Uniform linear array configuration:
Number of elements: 4
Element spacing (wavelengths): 0.5
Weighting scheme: hann
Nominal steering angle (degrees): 30
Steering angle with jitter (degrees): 29.06
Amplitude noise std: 0.05
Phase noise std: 0.05

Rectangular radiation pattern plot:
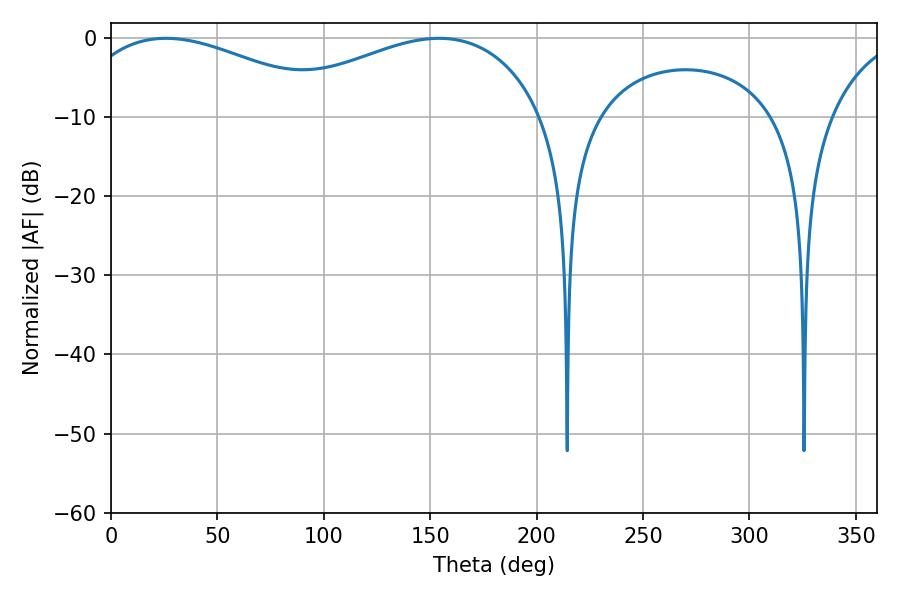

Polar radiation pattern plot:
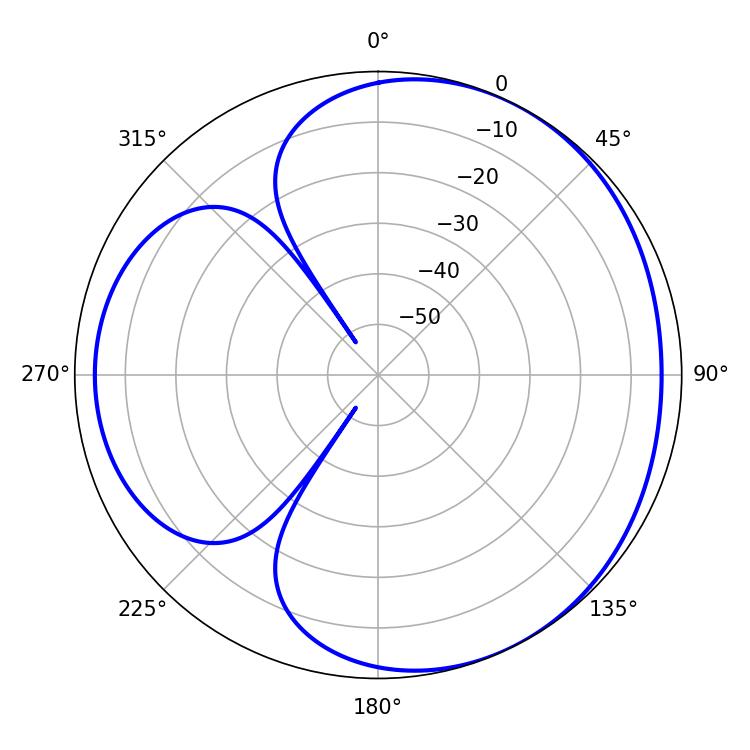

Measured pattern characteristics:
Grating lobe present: FALSE
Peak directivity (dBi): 3.584
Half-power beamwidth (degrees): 69.3
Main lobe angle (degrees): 25.92